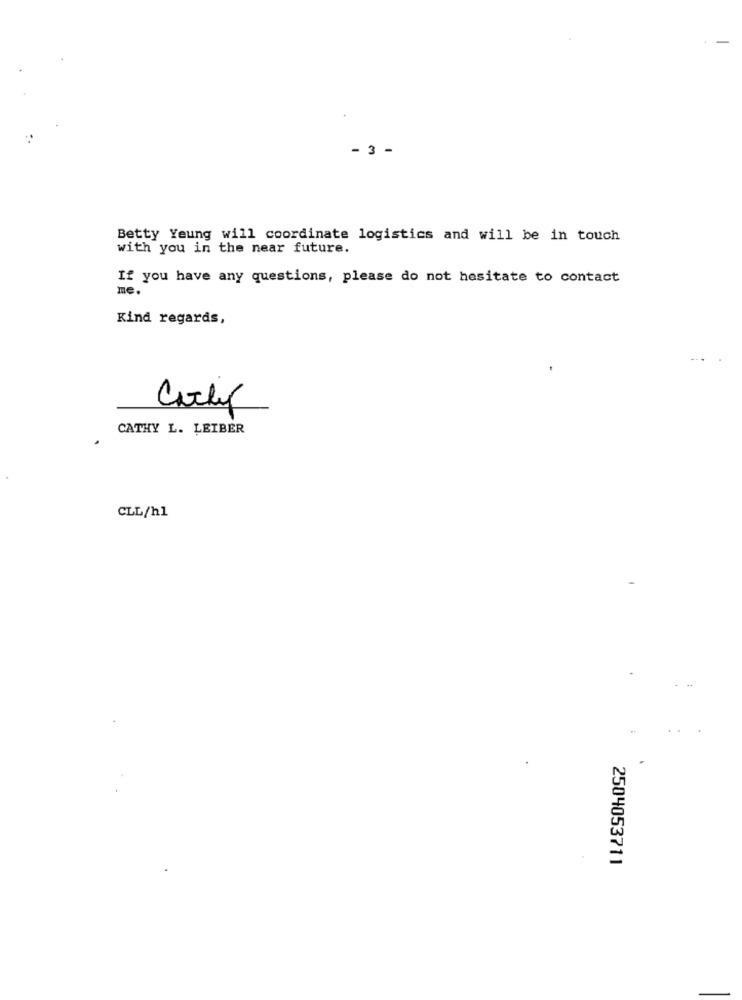
3 -
Betty Yeung will coordinate logistics and will be in touch
with you in the near future.
If you have any questions, please do not hesitate to contact
me.
Kind regards,
Carly
CATHY L. LEIBER
CLL/h1
2504053711